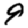
Digit: 9